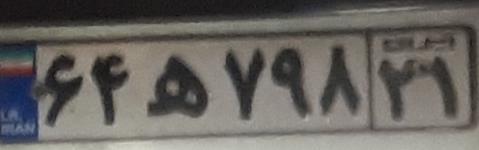
۶۴ه۷۹۸۲۱